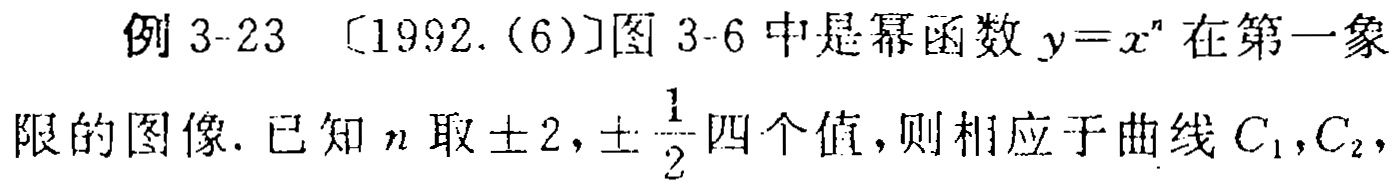
例 3-23 [1992.(6)]图 3-6 中是幂函数 \(y = x^{n}\) 在第一象
限的图像. 已知 \(n\) 取 \(\pm 2,\pm\frac{1}{2}\) 四个值, 则相应于曲线 \(C_{1},C_{2},\)